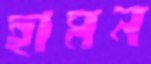
হামন